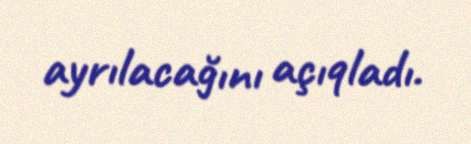
ayrılacağını açıqladı.